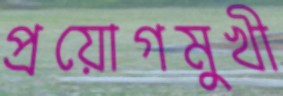
প্রয়োগমুখী